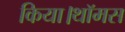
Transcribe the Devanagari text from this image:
किया।थॉमस